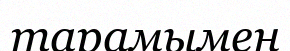
тарамымен